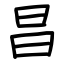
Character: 昌